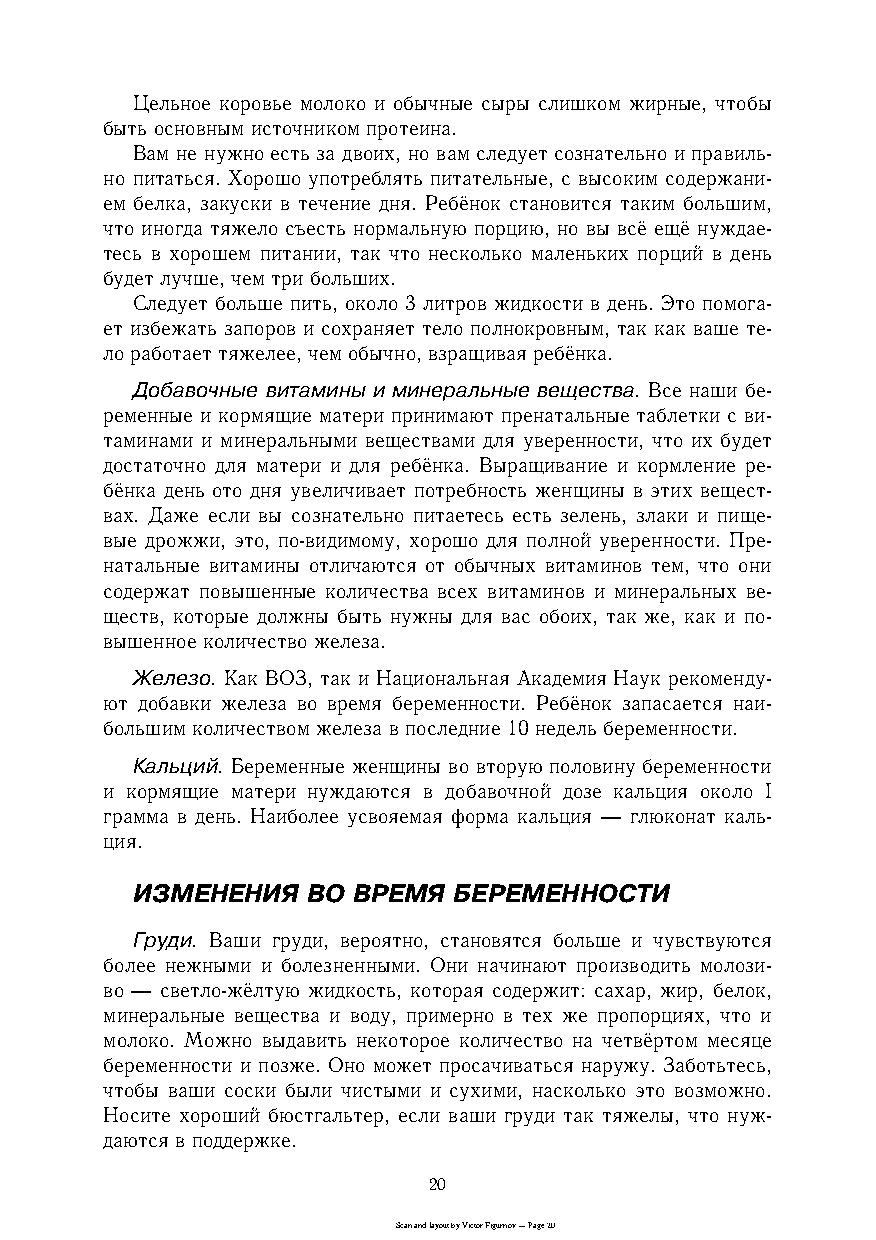
Цельное коровье молоко и обычные сыры слишком жирные, чтобы
 быть основным источником протеина.
 Вам не нужно есть за двоих, но вам следует сознательно и правильc
 но питаться. Хорошо употреблять питательные, с высоким содержаниc
 ем белка, закуски в течение дня. Ребёнок становится таким большим,
 что иногда тяжело съесть нормальную порцию, но вы всё ещё нуждаеc
 тесь в хорошем питании, так что несколько маленьких порций в день
 будет лучше, чем три больших.
 Следует больше пить, около 3 литров жидкости в день. Это помогаc
 ет избежать запоров и сохраняет тело полнокровным, так как ваше теc
 ло работает тяжелее, чем обычно, взращивая ребёнка.
 Добавочные витамины и минеральные вещества. Все наши беc
 ременные и кормящие матери принимают пренатальные таблетки с виc
 таминами и минеральными веществами для уверенности, что их будет
 достаточно для матери и для ребёнка. Выращивание и кормление реc
 бёнка день ото дня увеличивает потребность женщины в этих вещестc
 вах. Даже если вы сознательно питаетесь есть зелень, злаки и пищеc
 вые дрожжи, это, поcвидимому, хорошо для полной уверенности. Преc
 натальные витамины отличаются от обычных витаминов тем, что они
 содержат повышенные количества всех витаминов и минеральных веc
 ществ, которые должны быть нужны для вас обоих, так же, как и поc
 вышенное количество железа.
 Железо. Как ВОЗ, так и Национальная Академия Наук рекомендуc
 ют добавки железа во время беременности. Ребёнок запасается наиc
 большим количеством железа в последние 10 недель беременности.
 Кальций. Беременные женщины во вторую половину беременности
 и кормящие матери нуждаются в добавочной дозе кальция около I
 грамма в день. Наиболее усвояемая форма кальция — глюконат кальc
 ция.
 ИЗМЕНЕНИЯ  ВО ВРЕМЯ  БЕРЕМЕННОСТИ
 Груди. Ваши груди, вероятно, становятся больше и чувствуются
 более нежными и болезненными. Они начинают производить молозиc
 во — светлоcжёлтую жидкость, которая содержит: сахар, жир, белок,
 минеральные вещества и воду, примерно в тех же пропорциях, что и
 молоко. Можно выдавить некоторое количество на четвёртом месяце
 беременности и позже. Оно может просачиваться наружу. Заботьтесь,
 чтобы ваши соски были чистыми и сухими, насколько это возможно.
 Носите хороший бюстгальтер, если ваши груди так тяжелы, что нужc
 даются в поддержке.
 20
 Scan and layout by Victor Figurnov — Page 20